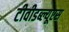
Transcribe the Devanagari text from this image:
टीवीडब्ल्यूएस